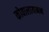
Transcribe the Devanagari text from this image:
कोवालायनन